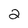
Character: 2